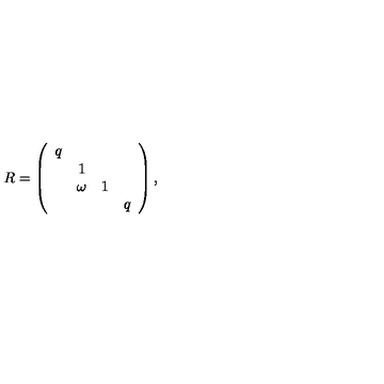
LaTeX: R = \left( \begin{array} { c c c c } { q } & { } & { } & { } \\ { } & { 1 } & { } & { } \\ { } & { \omega } & { 1 } & { } \\ { } & { } & { } & { q } \\ \end{array} \right) ,